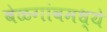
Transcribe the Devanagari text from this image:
बेळगांवमध्ये